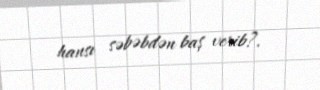
hansı səbəbdən baş verib?.